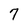
Character: 7